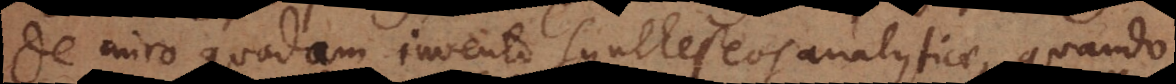
De miro quodam invento syntheseos analyticae, quando